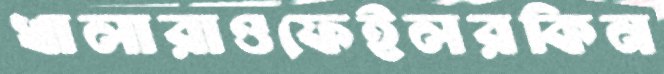
খালারাওফেইলরকিন